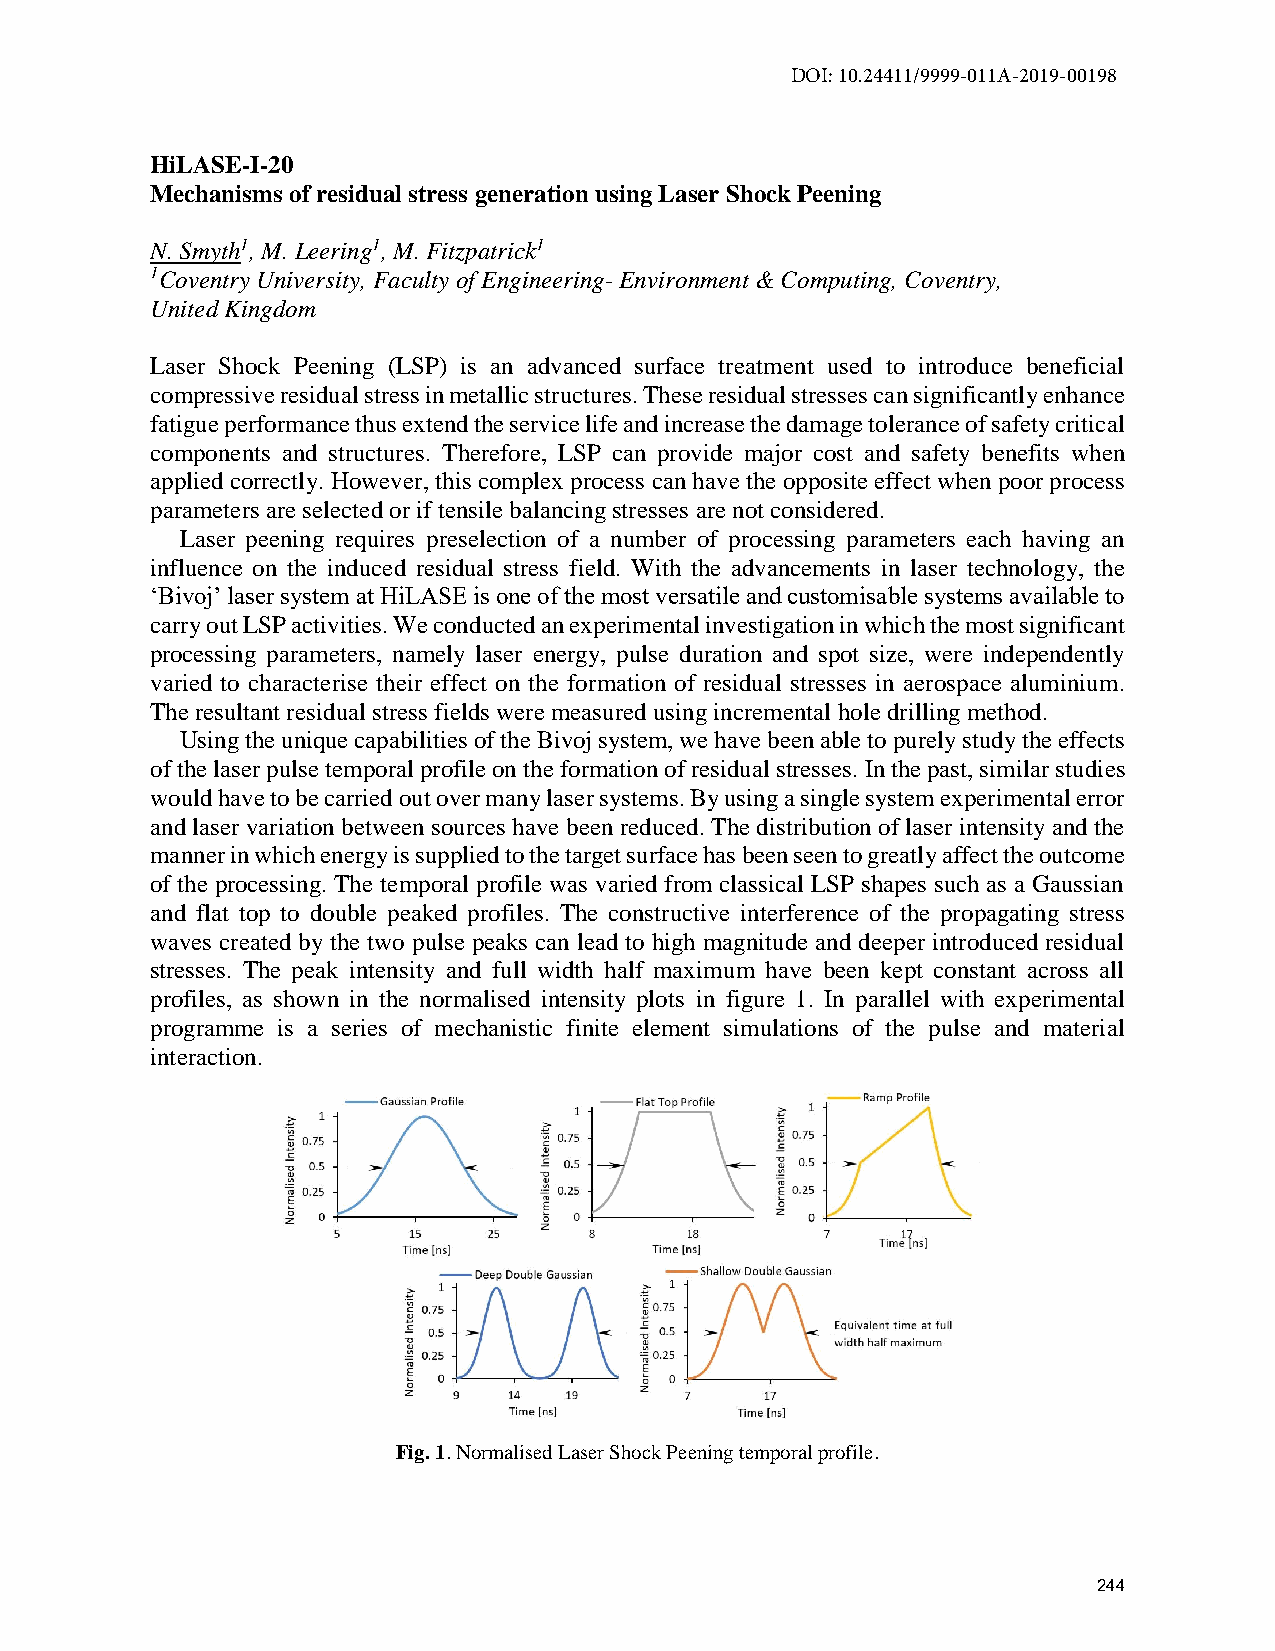
DOI: 10.24411/9999-011A-2019-00198
 HiLASE-I-20
 Mechanisms of residual stress generation using Laser Shock Peening
 N. Smyth1, M. Leering1, M. Fitzpatrick1
 1Coventry University, Faculty of Engineering- Environment & Computing, Coventry,
 United Kingdom
 Laser Shock Peening (LSP) is an advanced surface treatment used to introduce beneficial
 compressive residual stress in metallic structures. These residual stresses can significantly enhance
 fatigue performance thus extend the service life and increase the damage tolerance of safety critical
 components and structures. Therefore, LSP can provide major cost and safety benefits when
 applied correctly. However, this complex process can have the opposite effect when poor process
 parameters are selected or if tensile balancing stresses are not considered.
 Laser peening requires preselection of a number of processing parameters each having an
 influence on the induced residual stress field. With the advancements in laser technology, the
 ‘Bivoj’ laser system at HiLASE is one of the most versatile and customisable systems available to
 carry out LSP activities. We conducted an experimental investigation in which the most significant
 processing parameters, namely laser energy, pulse duration and spot size, were independently
 varied to characterise their effect on the formation of residual stresses in aerospace aluminium.
 The resultant residual stress fields were measured using incremental hole drilling method.
 Using the unique capabilities of the Bivoj system, we have been able to purely study the effects
 of the laser pulse temporal profile on the formation of residual stresses. In the past, similar studies
 would have to be carried out over many laser systems. By using a single system experimental error
 and laser variation between sources have been reduced. The distribution of laser intensity and the
 manner in which energy is supplied to the target surface has been seen to greatly affect the outcome
 of the processing. The temporal profile was varied from classical LSP shapes such as a Gaussian
 and flat top to double peaked profiles. The constructive interference of the propagating stress
 waves created by the two pulse peaks can lead to high magnitude and deeper introduced residual
 stresses. The peak intensity and full width half maximum have been kept constant across all
 profiles, as shown in the normalised intensity plots in figure 1. In parallel with experimental
 programme is a series of mechanistic finite element simulations of the pulse and material
 interaction.
 Fig. 1. Normalised Laser Shock Peening temporal profile.
 244